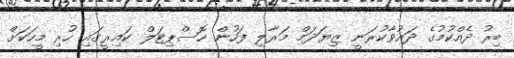
ބިރު ދެއްކުމުގެ ދައުވާކުރަނީ ޒިޔަދަމް މަރާލި ފަހުން ހޮސްޕިޓަލް ކައިރީގައި ހުރި މީހަކަށް